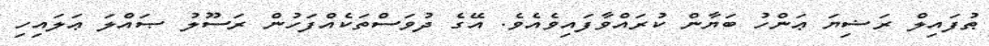
ޠުފައިލް ރަޟިޔަ ޢަންހު ބަޔާން ކުރައްވާފައިވެއެވެ. އޭގެ ދުވަސްތަކެއްފަހުން ރަސޫލު ޞައްލަ ޢަލައިހި